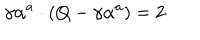
\gamma \alpha ^ { a } \cdot ( Q - \gamma \alpha ^ { a } ) = 2 \qquad